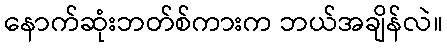
နောက်ဆုံးဘတ်စ်ကားက ဘယ်အချိန်လဲ။